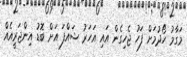
މަގާމު ހޯދުމަށް ފަހު ޖެހިގެން އައި އަހަރު ޝައްފަ އަށް ބޮޑު އިންޖަރީއެއް